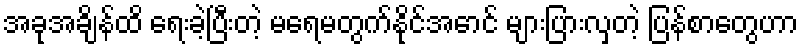
အခုအချိန်ထိ ရေးခဲ့ပြီးတဲ့ မရေမတွက်နိုင်အောင် များပြားလှတဲ့ ပြန်စာတွေဟာ